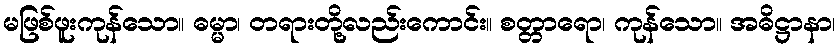
မဖြစ်ဖူးကုန်သော။ ဓမ္မာ၊ တရားတို့လည်းကောင်း။ စတ္တာရော၊ ကုန်သော။ အဓိဋ္ဌာနာ၊